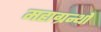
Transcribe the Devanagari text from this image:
महाग्रन्थों